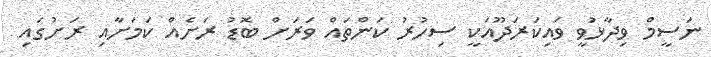
ނަސީމް ވިދާޅުވީ ވައިކަރަދޫއަކީ ސިހުރު ކަންތައް ވަރަށް ބޮޑު ރަށެއް ކަމަށާއި ރަށުގައި